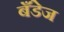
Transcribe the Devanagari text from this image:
बँडेज